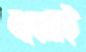
বস্কেরই